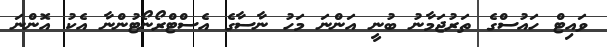
ވައިޓް ހައުސްގެ ތަރުޖަމާނު ބުނީ އަންނަ މަހު ނާސާގެ އެސްޓްރޯނޯޓުންނާ އެކު އޮންނަ